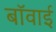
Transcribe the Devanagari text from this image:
बॉवाई